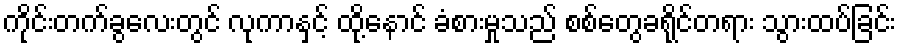
ကိုင်းတက်ခွလေးတွင် လုကာနှင့် ထို့နောင် ခံစားမှုသည် စစ်တွေခရိုင်တရား သွားထပ်ခြင်း